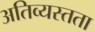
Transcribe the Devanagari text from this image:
अतिव्यस्तता